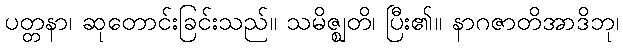
ပတ္တနာ၊ ဆုတောင်းခြင်းသည်။ သမိဇ္ဈတိ၊ ပြီး၏။ နာဂဇာတိအာဒိဘု၊